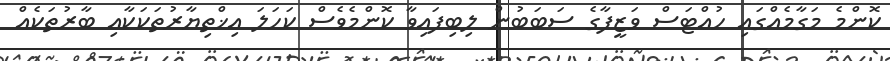
ކޮންމެ މަގާމެއްގައި ހުއްޓަސް ވަޒީފާގެ ސަބަބުން ލިބިފައިވާ ކޮންމެވެސް ކަހަލަ އިޚްތިޔާރުތަކަކާއި ބާރުތަކެއް